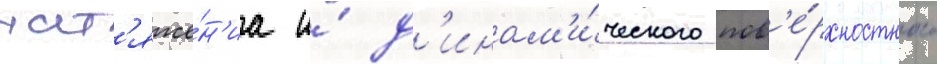
нат'яже́н'иа и́ д'инам'и́ческого пов'е́рхностного